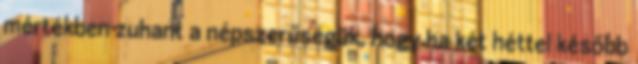
mértékben zuhant a népszerűségük, hogy ha két héttel később